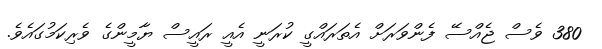
380 ވެސް ޖެއްސޭ ފެންވަރަށް އެތަރައްގީ ކުރަނީ އެއީ ރައީސް ޔާމީންގެ ވެރިކަމުގައެވެ.